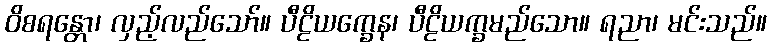
ဝိစရန္တော၊ လှည့်လည်သော်။ ပီဠိယက္ခေန၊ ပီဠိယက္ခမည်သော။ ရညာ၊ မင်းသည်။